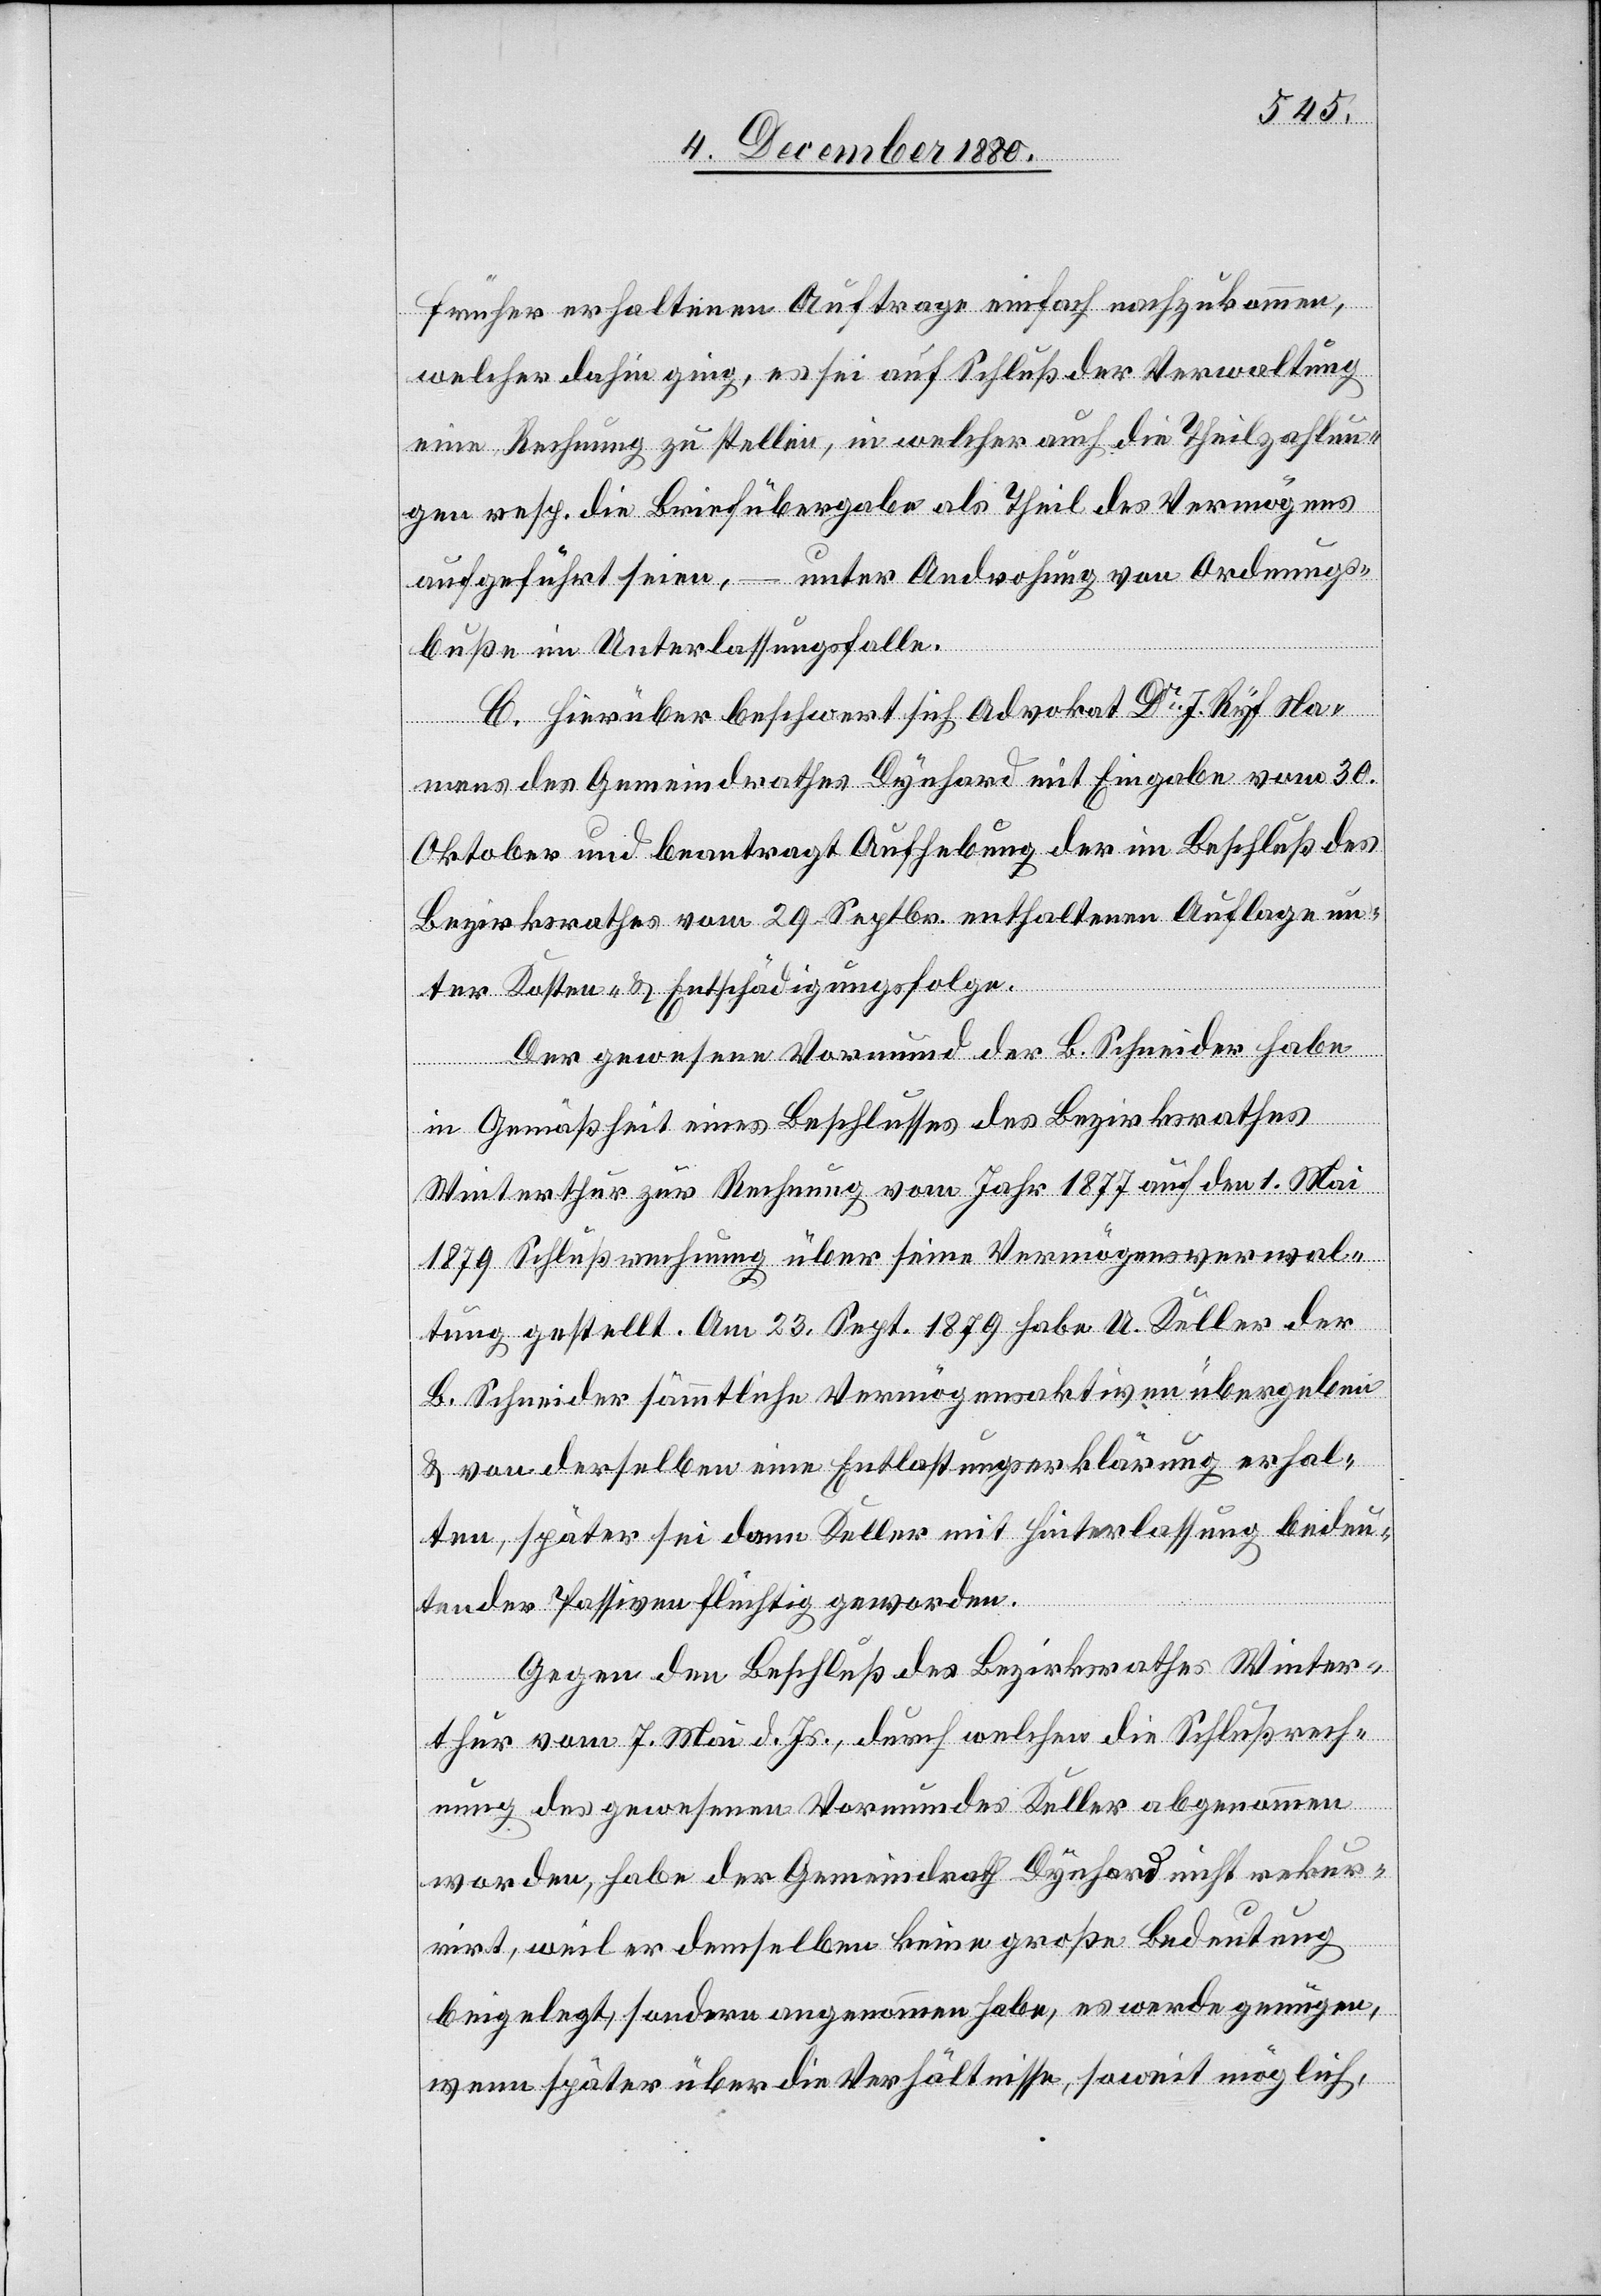
früher erhaltenen Auftrage einfach nachzukommen,
welcher dahin ging, es sei auf Schluß der Verwaltung
eine Rechnung zu stellen, in welcher auch die Theilzahlun¬
g resp. die Briefübergabe als Theil des Vermögens
aufgeführt seien, – unter Androhung von Ordnungs¬
buße im Unterlassungsfalle.
C. Hierüber beschwert sich Advokat Dr J. Ryf Na¬
mens des Gemeindrathes Dynhard mit Eingabe vom 30.
Oktober und beantragt Aufhebung der im Beschluß des
Bezirksrathes vom 29. Septbr. enthaltenen Auflage un¬
ter Kosten- & Entschädigungsfolge.
Der gewesene Vormund der B. Schneider habe
in Gemäßheit eines Beschlusses des Bezirksrathes
Winterthur zur Rechnung vom Jahr 1877 auf den 1. Mai
1879 Schlußrechnung über seine Vermögensverwal¬
tung gestellt. Am 23. Sept. 1879 habe A. Keller der
B. Schneider sämmtliche Vermögensaktiven übergeben
& von derselben eine Entlastungserklärung erhal¬
ten, später sei dann Keller mit Hinterlassung bedeu¬
tender Passiven flüchtig geworden.
Gegen den Beschluß des Bezirksrathes Winter¬
thur vom 7. Mai d. Js., durch welchen die Schlußrech¬
nung des gewesenen Vormundes des Keller abgenommen
worden, habe der Gemeindrath Dynhard nicht rekur¬
rirt, weil er demselben keine große Bedeutung
beigelegt, sondern angenommen habe, es werde genügen,
wenn später über die Verhältnisse, soweit möglich,